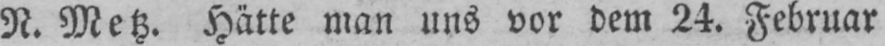
N. Metz. Hätte man uns vor dem 24. Februar